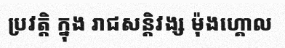
ប្រវត្តិ ក្នុង រាជសន្តិវង្ស ម៉ុងហ្គោល